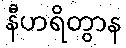
နီဟရိတွာန